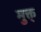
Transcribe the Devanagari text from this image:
मुक्त्